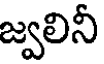
జ్వలినీ